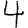
Digit: 4